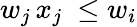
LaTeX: w_{j}\, x_{j}\ \leq w_{i}